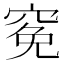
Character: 𥦙